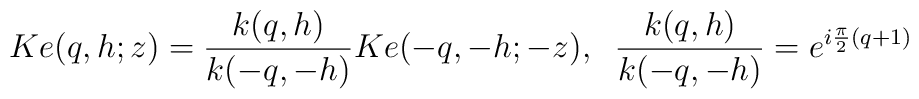
Ke(q,h;z)=\frac{k(q,h)}{k(-q,-h)}Ke(-q,-h;-z),\;\;\frac{k(q,h)}{k(-q,-h)}=e^{i\frac{\pi}{2}(q+1)}